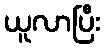
ယူလာပြီး